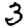
Digit: 3